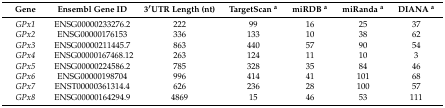
<table><thead><tr><td><b>Gene</b></td><td><b>Ensembl Gene ID</b></td><td><b>3′UTR Length (nt)</b></td><td><b>TargetScan <sup>a</sup></b></td><td><b>miRDB <sup>a</sup></b></td><td><b>miRanda <sup>a</sup></b></td><td><b>DIANA <sup>a</sup></b></td></tr></thead><tbody><tr><td><i>GPx1</i></td><td>ENSG00000233276.2</td><td>222</td><td>99</td><td>16</td><td>25</td><td>37</td></tr><tr><td><i>GPx2</i></td><td>ENSG00000176153</td><td>336</td><td>133</td><td>10</td><td>38</td><td>62</td></tr><tr><td><i>GPx3</i></td><td>ENSG00000211445.7</td><td>863</td><td>440</td><td>57</td><td>90</td><td>54</td></tr><tr><td><i>GPx4</i></td><td>ENSG00000167468.12</td><td>263</td><td>124</td><td>11</td><td>10</td><td>3</td></tr><tr><td><i>GPx5</i></td><td>ENSG00000224586.2</td><td>785</td><td>328</td><td>35</td><td>84</td><td>46</td></tr><tr><td><i>GPx6</i></td><td>ENSG00000198704</td><td>996</td><td>414</td><td>41</td><td>101</td><td>68</td></tr><tr><td><i>GPx7</i></td><td>ENST00000361314.4</td><td>626</td><td>236</td><td>28</td><td>100</td><td>57</td></tr><tr><td><i>GPx8</i></td><td>ENSG00000164294.9</td><td>4869</td><td>15</td><td>46</td><td>53</td><td>111</td></tr></tbody></table>